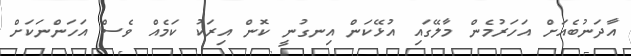
އާދަނުބެއަށް އަހަރުމެން މާލޭގައި އުޅޭކަން އިނގުނީ ކޮން އިރަކު ކަމެއް ވެސް އަހަންނަކަށް